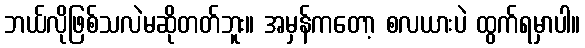
ဘယ်လိုဖြစ်သလဲမဆိုတတ်ဘူး။ အမှန်ကတော့ စလယားပဲ ထွက်ရမှာပါ။